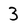
Character: 3